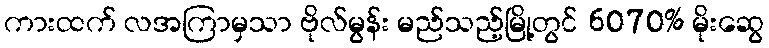
ကားထက် လအကြာမှသာ ဗိုလ်မွန်း မည်သည့်မြို့တွင် 6070% မိုးဆွေ